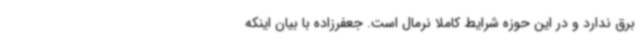
برق ندارد و در این حوزه شرایط کاملا نرمال است. جعفرزاده با بیان اینکه